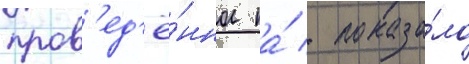
пров'ед'ё́нное на́ / показа́ло